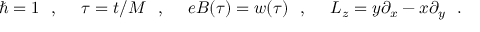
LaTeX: \hbar = 1 ~ ~ , ~ ~ ~ ~ \tau = t / M ~ ~ , ~ ~ ~ ~ e B ( \tau ) = w ( \tau ) ~ ~ , ~ ~ ~ ~ L _ { z } = y \partial _ { x } - x \partial _ { y } ~ ~ .